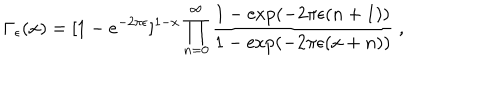
\Gamma _ { \epsilon } ( x ) = [ 1 - e ^ { - 2 \pi \epsilon } ] ^ { 1 - x } \prod _ { n = 0 } ^ { \infty } { \frac { 1 - \exp ( - 2 \pi \epsilon ( n + 1 ) ) } { 1 - \exp ( - 2 \pi \epsilon ( x + n ) ) } } \ ,